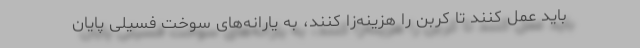
باید عمل کنند تا کربن را هزینه‌زا کنند، به یارانه‌های سوخت فسیلی پایان